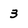
Character: 3